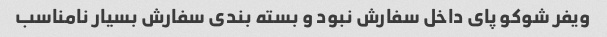
ویفر شوکو پای داخل سفارش نبود و بسته بندی سفارش بسیار نامناسب